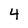
Character: 4